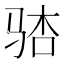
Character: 𫘢